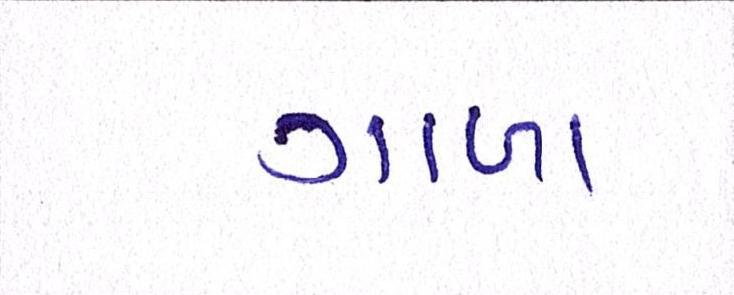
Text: ગાળા